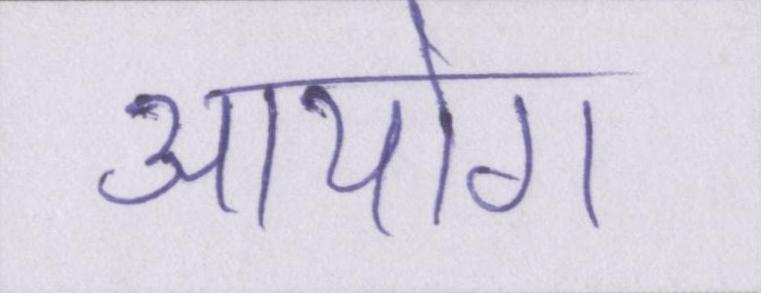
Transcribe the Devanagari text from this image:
आयोग